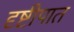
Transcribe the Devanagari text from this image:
दृष्टीपात